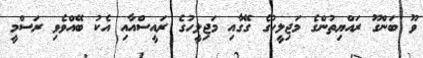
ވޫ ބަންގޫ ރައްޔިތުންގެ މަޖިލީހުގެ ގޭގާއި މަޖިލީހުގެ ރައީސްއާއި އެކު ބޭއްވެވި ރަސްމީ